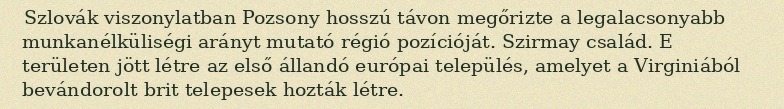
Szlovák viszonylatban Pozsony hosszú távon megőrizte a legalacsonyabb munkanélküliségi arányt mutató régió pozícióját. Szirmay család. E területen jött létre az első állandó európai település, amelyet a Virginiából bevándorolt brit telepesek hozták létre.